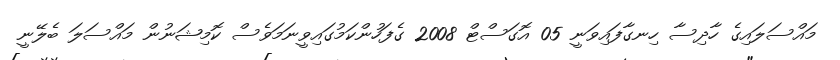
މައްސަލައިގެ ހާދިސާ ހިނގާފައިވަނީ 05 އޮގަސްޓް 2008 ގެފަހުންކަމުގައިވީނަމަވެސް ކޮމިޝަނުން މައްސަލަ ބެލޭނީ